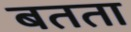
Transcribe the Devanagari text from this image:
बतता